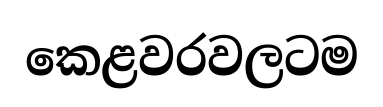
කෙළවරවලටම